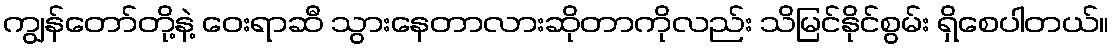
ကျွန်တော်တို့နဲ့ ဝေးရာဆီ သွားနေတာလားဆိုတာကိုလည်း သိမြင်နိုင်စွမ်း ရှိစေပါတယ်။